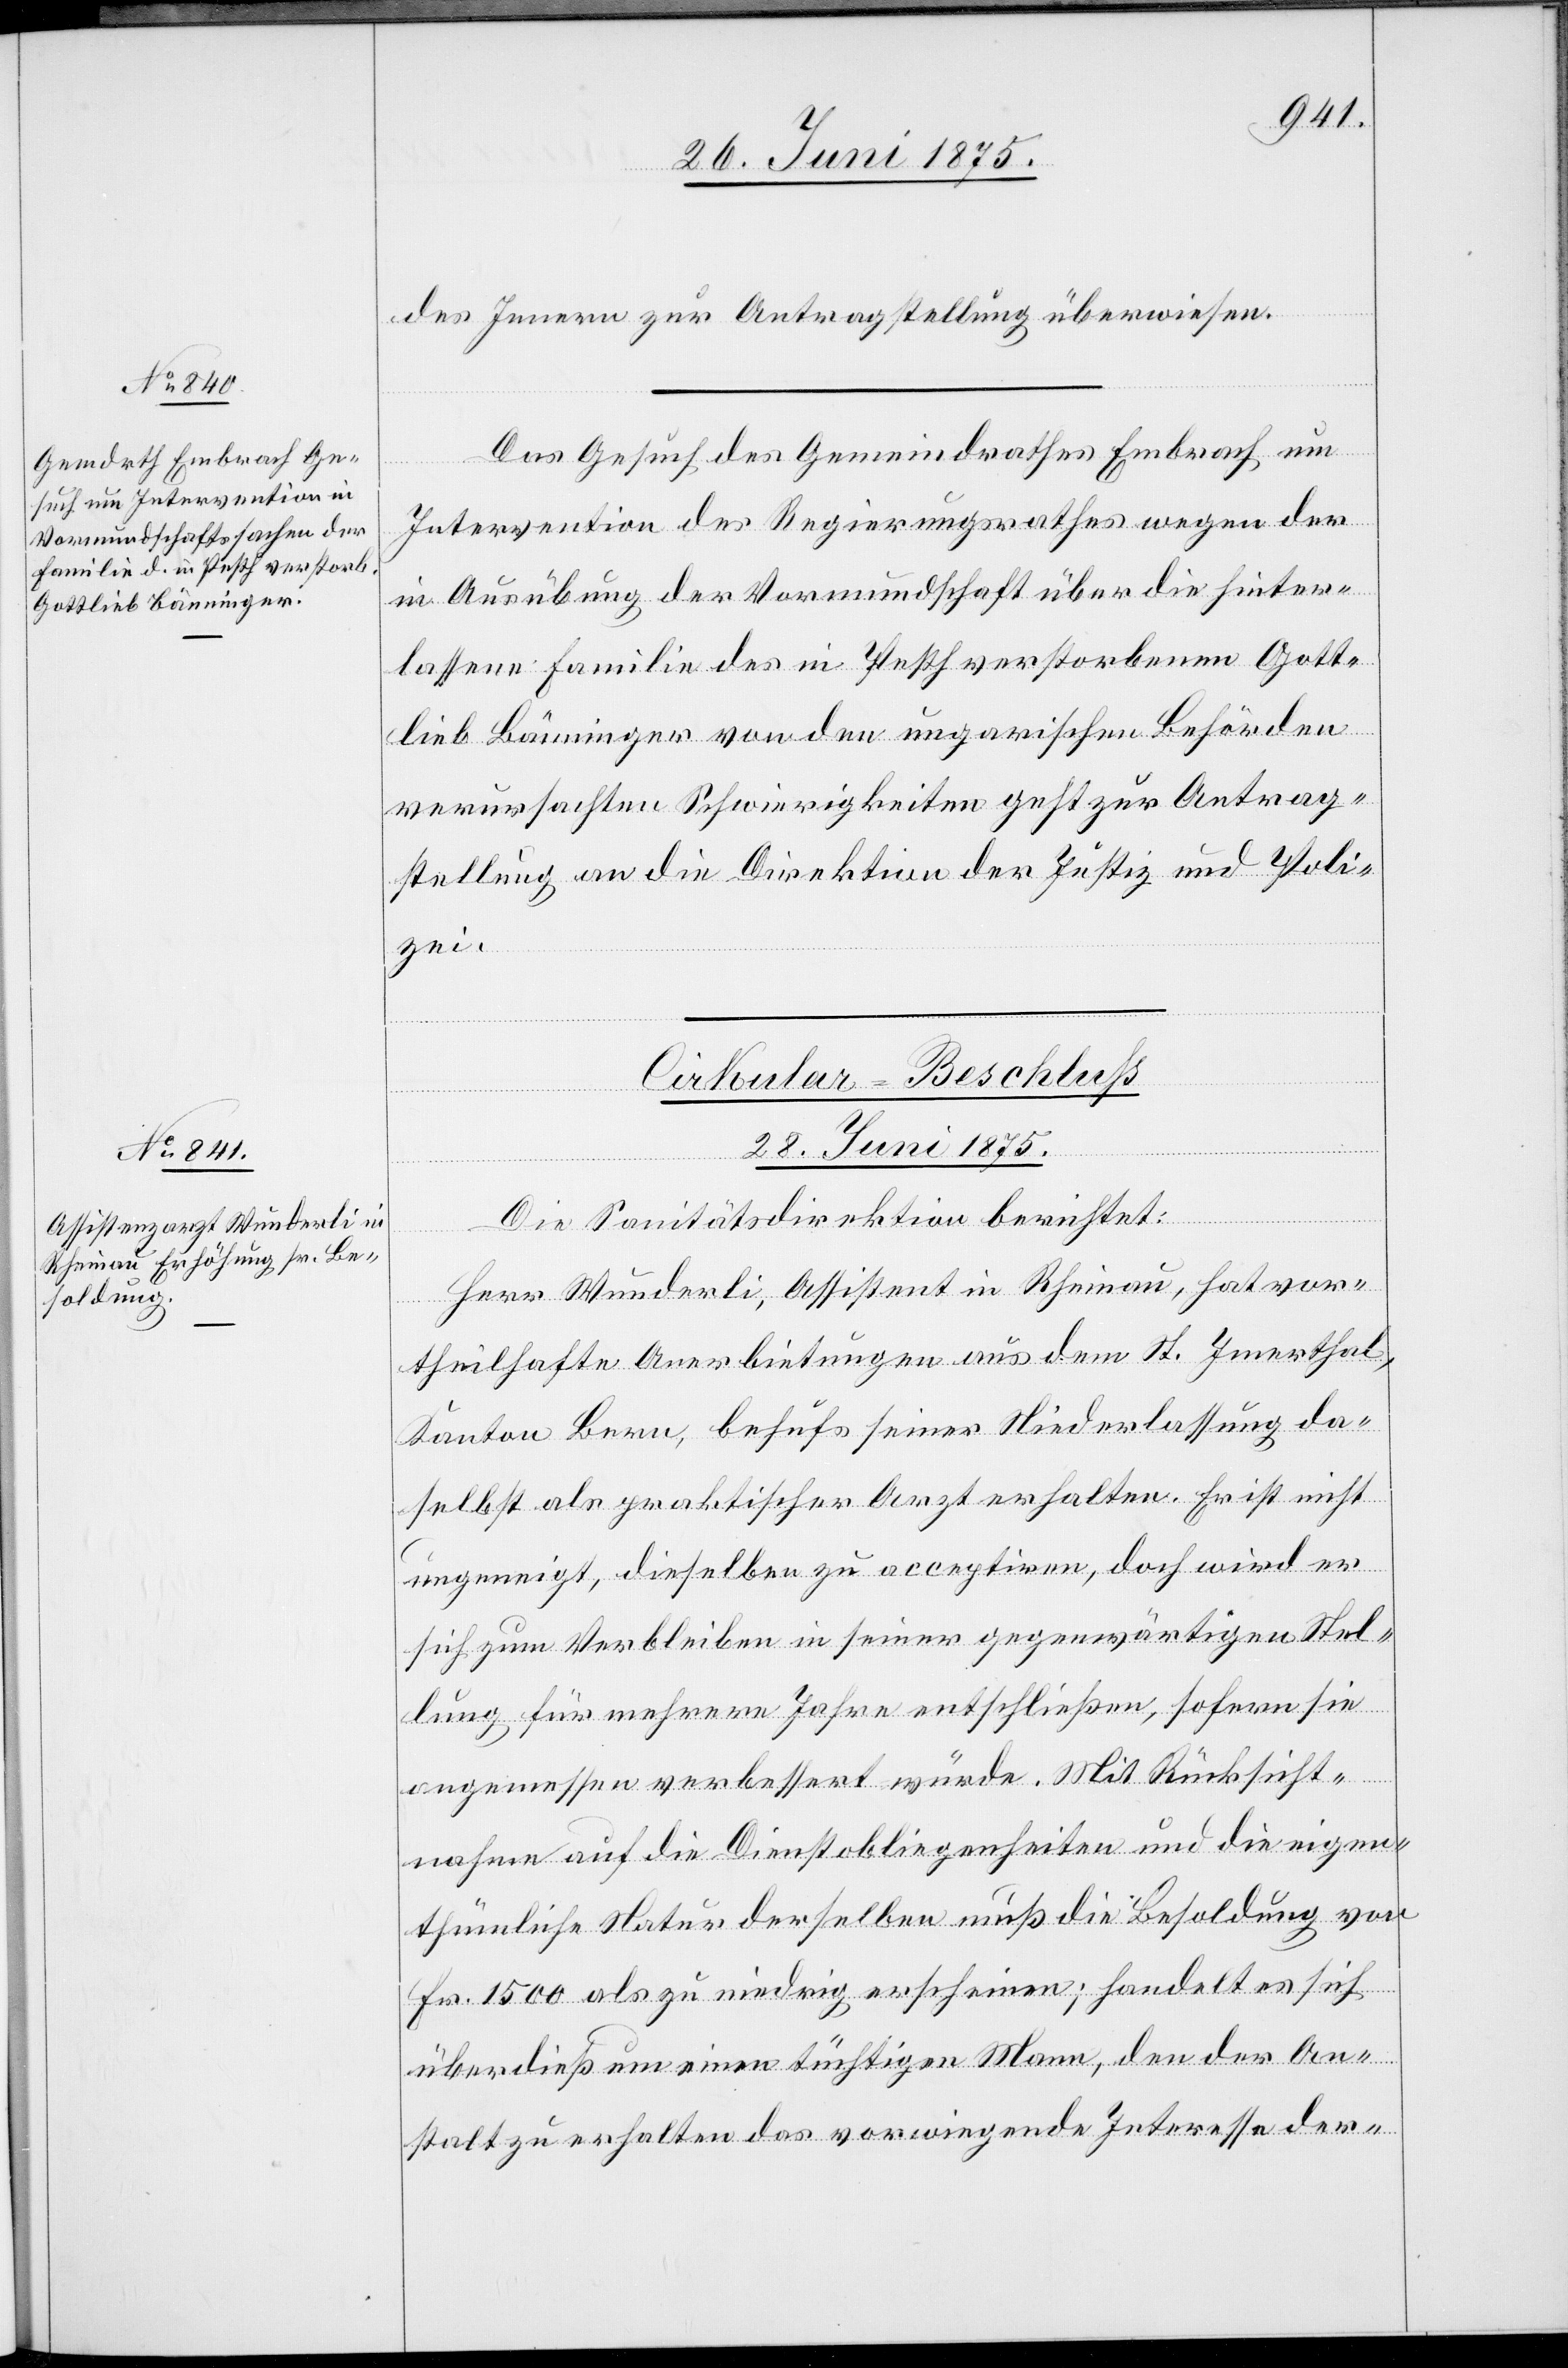
des Innern zur Antragstellung überwiesen.
Das Gesuch des Gemeindrathes Embrach um
Intervention des Regierungsrathes wegen der
in Ausübung der Vormundschaft über die hinter¬
lassene Familie des in Pesth verstorbenen Gott¬
lieb Bönninger von den ungarischen Behörden
verursachten Schwierigkeiten geht zur Antrag¬
stellung an die Direktion der Justiz und Poli¬
zei.
Cirkular-Beschluß
28. Juni 1875.
Die Sanitätsdirektion berichtet:
Herr Wunderli, Assistent in Rheinau, hat vor¬
theilhafte Anerbietungen aus dem St. Imerthal,
Kanton Bern, behufs seiner Niederlassung da¬
selbst als praktischer Arzt erhalten. Er ist nicht
Ungeneigt, dieselben zu acceptiren, doch wird er
sich zum Verbleiben in seiner gegenwärtigen Stel¬
lung für mehrere Jahre entschließen, sofern sie
angemessen verbessert würde. Mit Rücksicht¬
nahme auf die Dienstobliegenheiten und die eigen¬
thümliche Natur derselben muß die Besoldung von
Fr. 1500 als zu niedrig erscheinen; handelt es sich
überdieß um einen tüchtigen Mann, den der An¬
stalt zu erhalten das vorwiegende Interesse der-